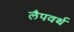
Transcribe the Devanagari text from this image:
लैपवर्थ